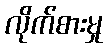
လိုက်စားမှု